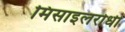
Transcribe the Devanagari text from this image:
मिसाइलरोधी